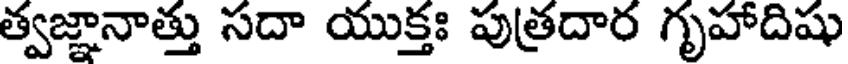
త్వజ్ఞానాత్తు సదా యుక్తః పుత్రదార గృహాదిషు